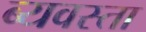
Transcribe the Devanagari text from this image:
ब्यवस्ता